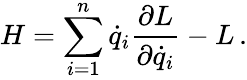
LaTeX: H=\sum_{i=1}^{n}{\dot{q}}_{i}{\frac{\partial L}{\partial{\dot{q}}_{i}}}-L\, .